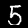
Digit: 5